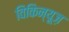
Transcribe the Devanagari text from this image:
विकिन्यूज़